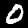
Label: 0